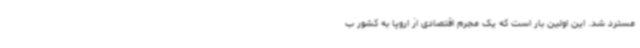
مسترد شد. این اولین بار است که یک مجرم اقتصادی از اروپا به کشور ب